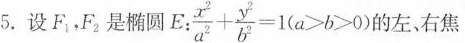
5.设F_{1}，F_{2}是椭圆E:$$\frac { x ^ { 2 } } { a ^ { 2 } } + \frac { y ^ { 2 } } { b ^ { 2 } } = 1 ( a > b > 0 )$$的左右焦